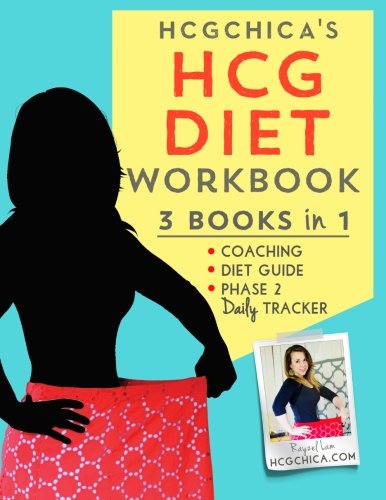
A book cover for HCGChica's HCG Diet Workbook: 3 Books in 1 - Coaching, Diet Guide, and Phase 2 Daily Tracker (HCG Diet Workbooks) (Volume 1); Rayzel Lam; Health, Fitness & Dieting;